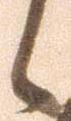
候